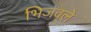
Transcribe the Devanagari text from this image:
भिजवले